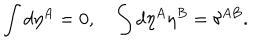
\int d \eta ^ { A } = 0 , \quad \int d \eta ^ { A } \eta ^ { B } = \delta ^ { A B } .